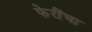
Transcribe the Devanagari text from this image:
फेरींचा